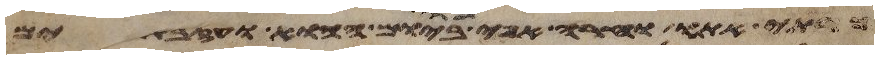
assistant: כרתי אתו וחרה אפי בו ביום ההוא ועזבתים